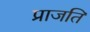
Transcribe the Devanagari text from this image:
प्राजति